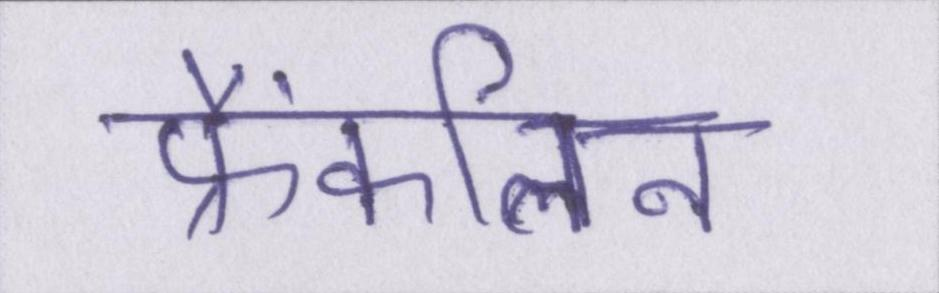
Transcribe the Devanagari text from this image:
फ्रैंकलिन